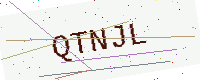
Text: QTNJL